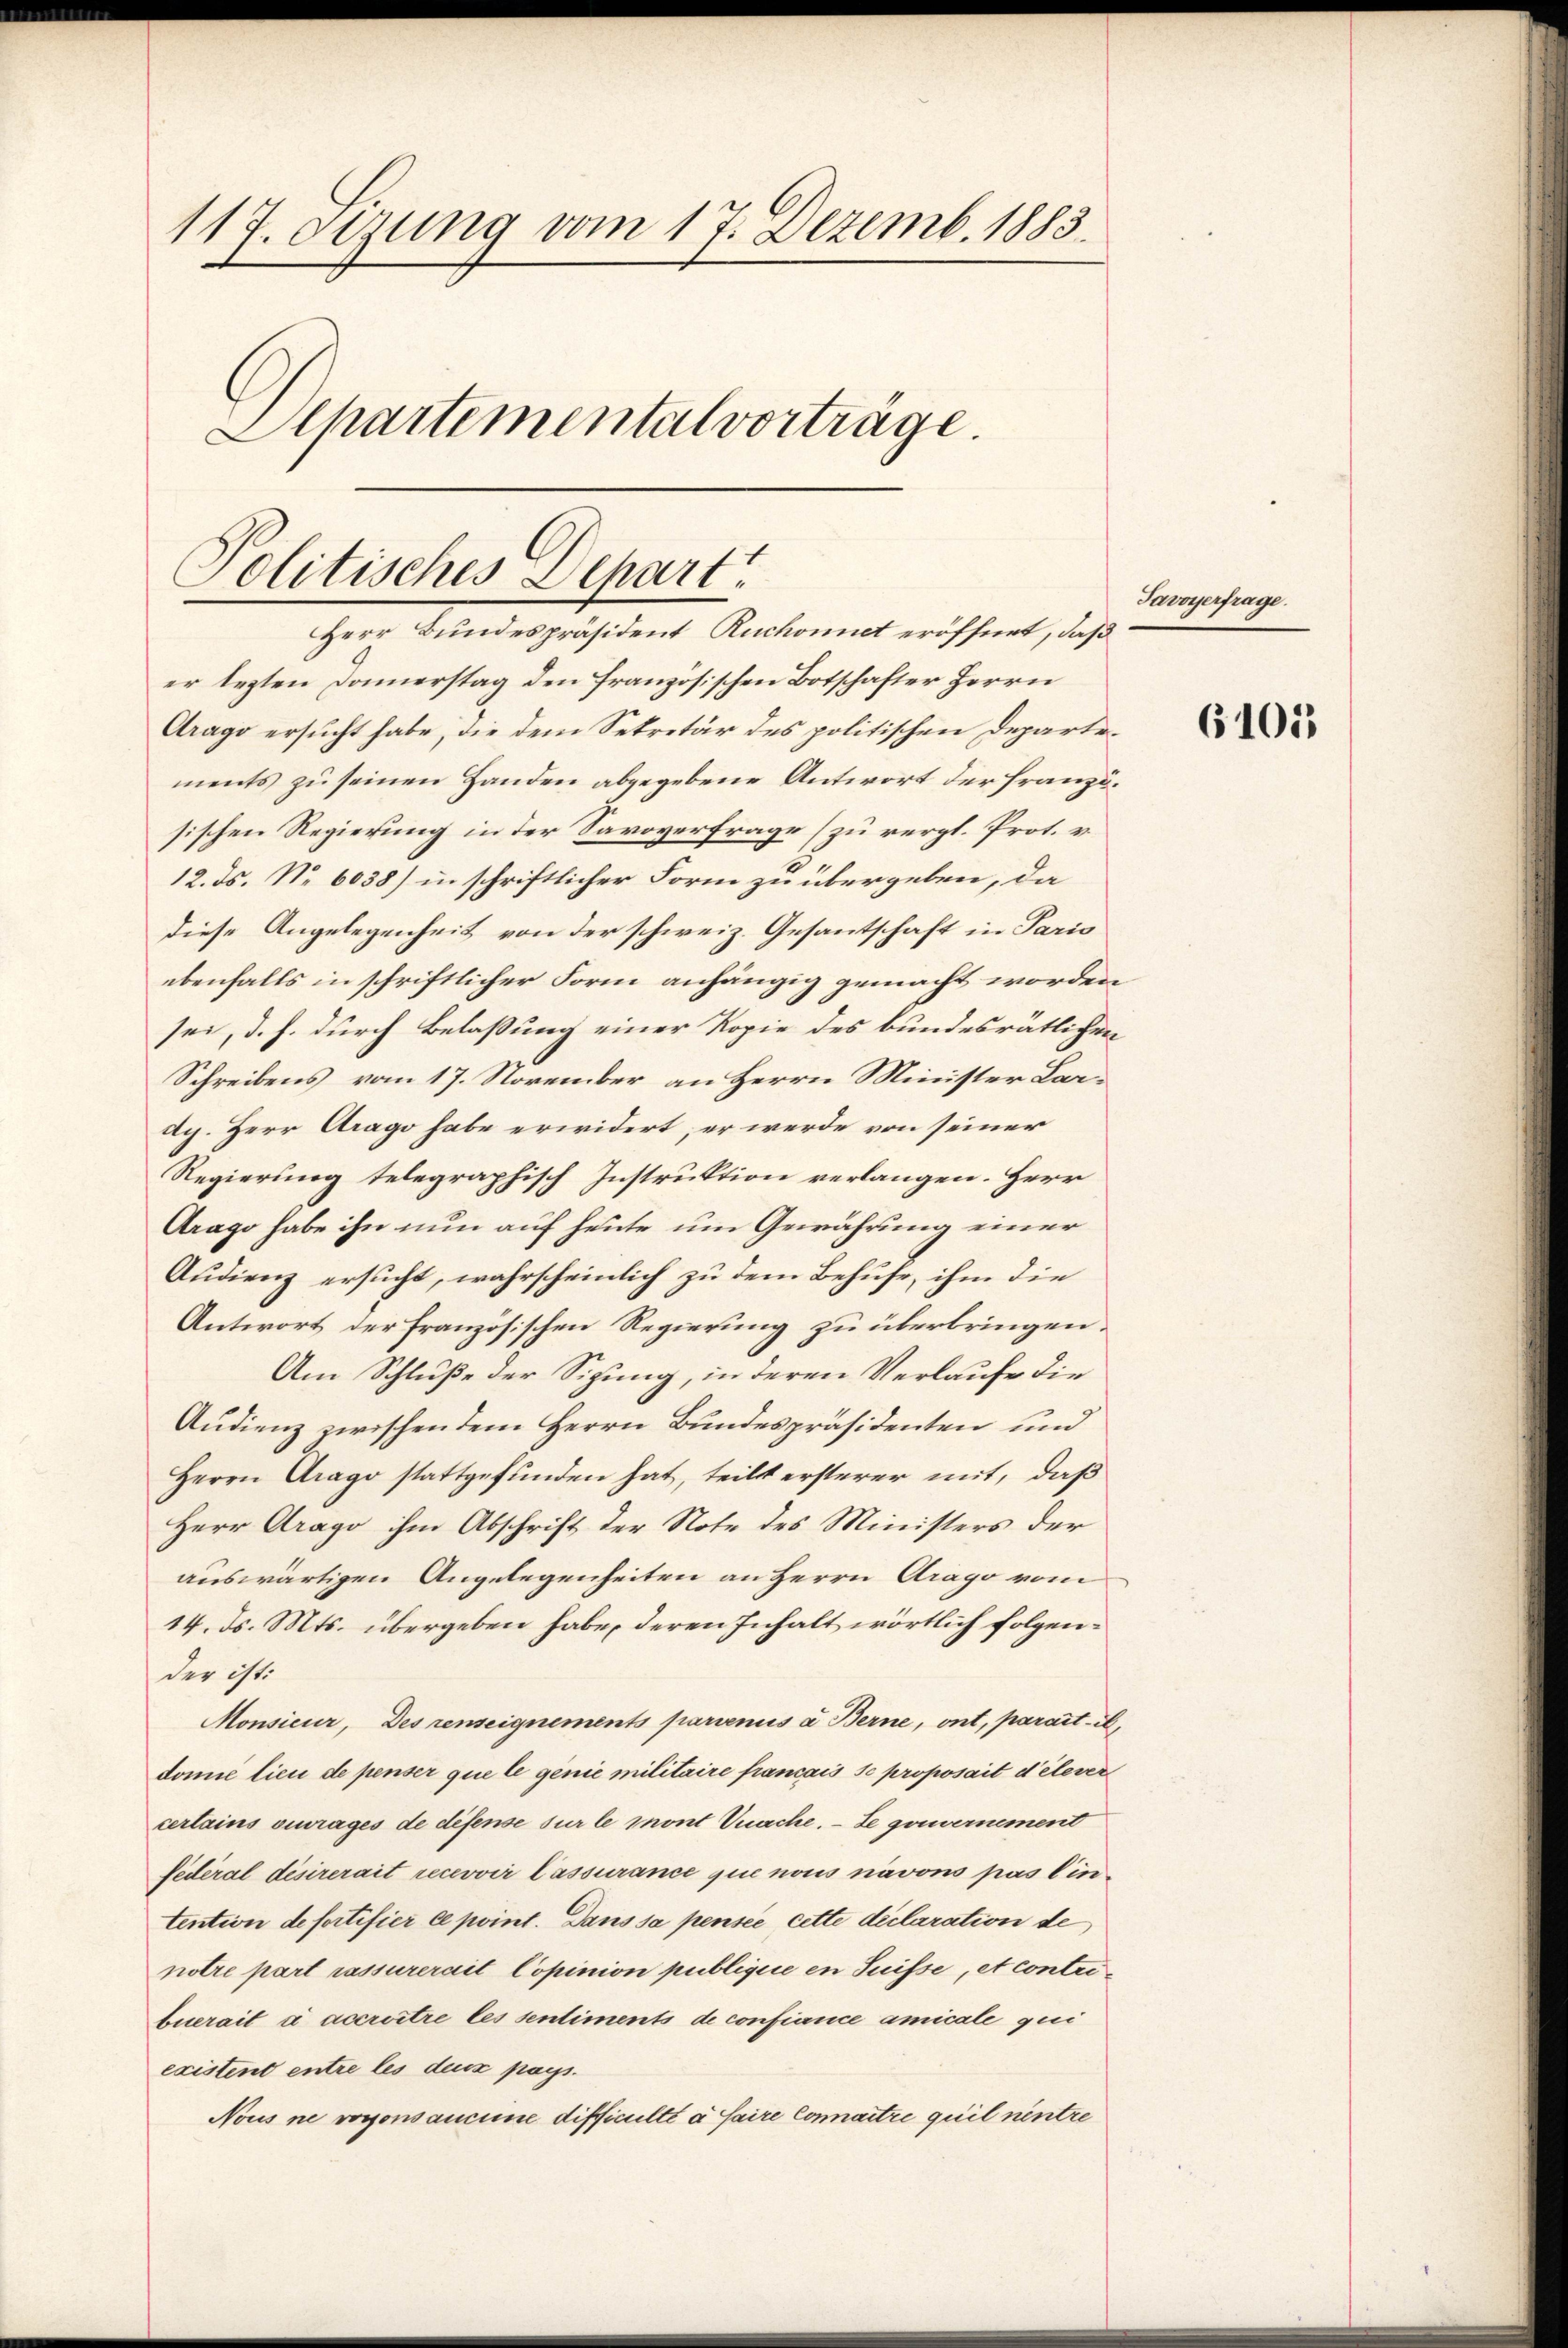
117. Sizung vom 17. Dezemb. 1883.
Schartemental vorträge.

Politisches Depart
Herr Bundespräsident Ruchonnet eröffnet, daß

er lezten Donnerstag den französischen Botschafter Herrn
Arago ersucht habe, die dem Sekretär des politischen Departements zu seinen Handen abgegebene Antwort der französischen Regierung in der Savoverfrage (zu rergl. Prot. v.
12. ds. No. 6038) in schriftlicher Form zu übergeben, da
diese Angelegenheit von der schweiz. Gesantschaft in Paris
ebenfalls in schriftlicher Form anhängig gemacht worden
sei, d. h. durch Belaßung einer Kopie des bundesrätlichen
Schreibens vom 17. November an Herrn Minister Lordg. Herr Arago habe erwidert, er werde von seiner
Regierung telegraphisch Instruktion verlangen. Herr
Arago habe ihn nun auf heute um Gewährung einer
Audienz ersucht, wahrscheinlich zu dem Behufe, ihm die
Antwort der französischen Regierung zu überbringen.
Am Schluße der Sigung, in deren Verlaufe die
Audienz zwischen dem Herrn Bundespräsidenten und
Herrn Arago stattgefunden hat, teilt ersterer mit, daß
Herr Arago ihm Abschrift der Note des Ministers der
auswärtigen Angelegenheiten an Herrn Arago vom
14. ds. Mts. übergeben habe, deren Inhalt wörtlich folgender ist:
Monsieur, Des renseignements parienis a. Berne, ont, parati
donie lieu de penser que le genie militaire francais se proposait d’élever
certains ouvrages de difense sur le mont nache. — Se gouvernement
fédéral désirerait recevoir lassurance que nous navons pas lin
tention defertifier ce point. Dans sa pensée cette declaration de
notre part rassurerait Copinion publique en Suisse, et contribuerait à accroître les sentiments de confiance amicale gei
existent entre les deux pays.
Nous ne vogonsaucune difficielle à faire connaitre quil nentre

Savoyerfrage.

6105